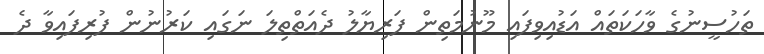
ތަހުސީނުގެ ވާހަކަތައް އަޑުއިވިފައި މޫނުމަތިން ފަރިޔާލު ދެއަތްތިލަ ނަގައި ކަރުނުން ފުރިފައިވާ ދެ